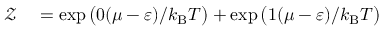
\begin{array} { r l } { { \mathcal { Z } } } & { { } = \exp { \big ( } 0 ( \mu - \varepsilon ) / k _ { \mathrm { { B } } } T { \big ) } + \exp { \big ( } 1 ( \mu - \varepsilon ) / k _ { \mathrm { { B } } } T { \big ) } } \end{array}